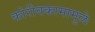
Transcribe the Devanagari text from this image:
कोरीवकामामुळे